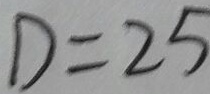
D = 2 5